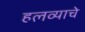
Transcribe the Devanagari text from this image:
हलव्याचे